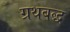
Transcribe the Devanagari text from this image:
ग्रथबद्ध